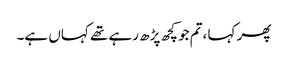
پھر کہا ،تم جو کچھ پڑھ رہے تھے کہاں ہے۔